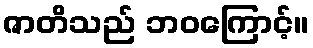
ဇာတိသည် ဘဝကြောင့်။